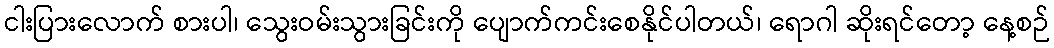
ငါးပြားလောက် စားပါ၊ သွေးဝမ်းသွားခြင်းကို ပျောက်ကင်းစေနိုင်ပါတယ်၊ ရောဂါ ဆိုးရင်တော့ နေ့စဉ်